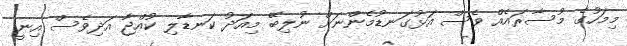
މިމަހުގެ މުސާރައެއް ވެސް އަޅުގަނޑުމެންނަށް ނުލިބޭ މިއަދު ކަނޑާލި ކުއްޖާ އަދިވެސް އިނީ